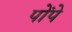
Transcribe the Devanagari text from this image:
पोंपे